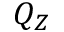
Q _ { Z }